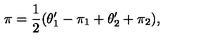
\pi = { \frac { 1 } { 2 } } ( \theta _ { 1 } ^ { \prime } - \pi _ { 1 } + \theta _ { 2 } ^ { \prime } + \pi _ { 2 } ) ,